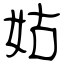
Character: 姑